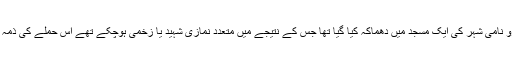
یادرہے کہ گزشتہ ہفتے کو گامبورو نامی شہر کی ایک مسجد میں دھماکہ کیا گیا تھا جس کے نتیجے میں متعدد نمازی شہید یا زخمی ہوچکے تھے اس حملے کی ذمہ داری بوکو حرام نے قبول کی تھی۔